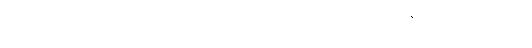
ဘေးကင်းလုံခြုံမှုရှိစေရန်အတွက် အကြောင်းကား များပြားလာကာ လွန်စွာအကျိုးပေးသည်